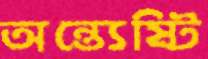
অন্ত্যেষ্টি